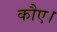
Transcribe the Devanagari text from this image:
कौए।